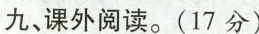
九，课外阅读。(17分)